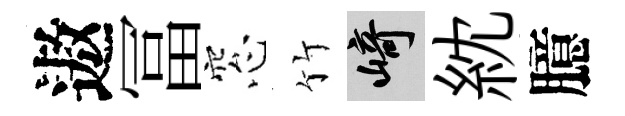
遨冨窓竹崎紞臆